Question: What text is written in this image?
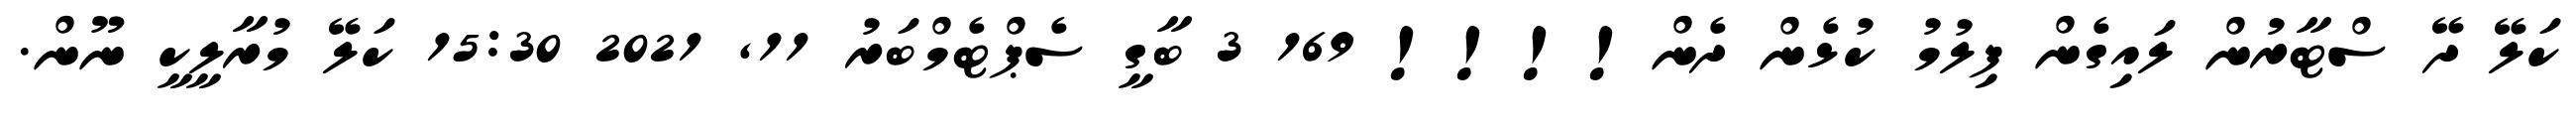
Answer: ކަލޭ ދޭ ސްޓާރުން ލައިގެން ފިލުމު ކުޅެން ދެން!!!! 169 3 ބާގީ ސެޕްޓެމްބަރު 11, 2021 15:30 ކަލޭ މުރާލީކީ ނޫން.